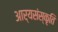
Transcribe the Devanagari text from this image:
आर्यसंस्कृति